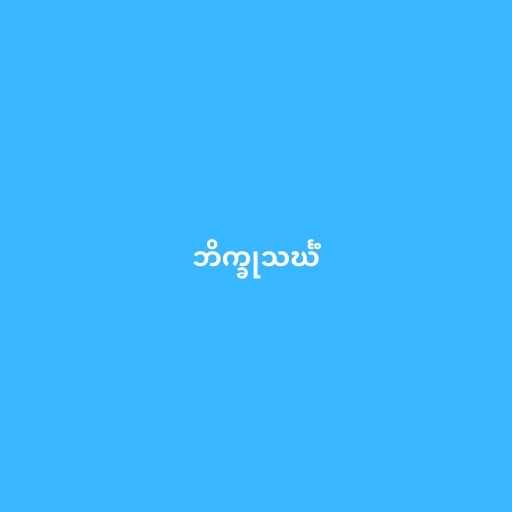
ဘိက္ခုသင်္ဃံ